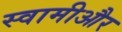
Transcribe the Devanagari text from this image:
स्वामीऔर